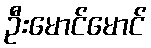
ဦးမောင်မောင်